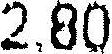
2.80